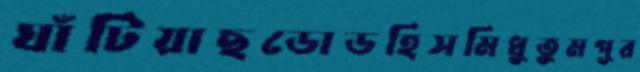
ঘাঁটিয়াছডোডহিসমিধুতুমপূর